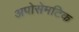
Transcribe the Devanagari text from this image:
अपोसेमटिक